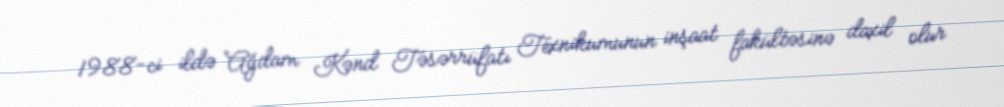
1988-ci ildə Ağdam Kənd Təsərrüfatı Texnikumunun inşaat fakültəsinə daxil olur